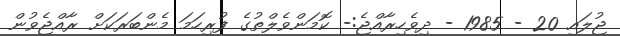
ޖުލައި 20 - 1985 - ދިވެހިރާއްޖެ:- ކޮމަންވެލްތުގެ ފުރިހަމަ މެންބަރަކަށް ރާއްޖެވުން